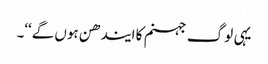
یہی لو گ جہنم کا ایندھن ہوں گے‘‘۔